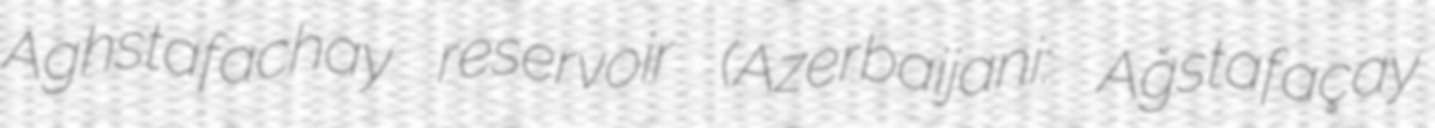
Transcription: Aghstafachay reservoir (Azerbaijani: Ağstafaçay